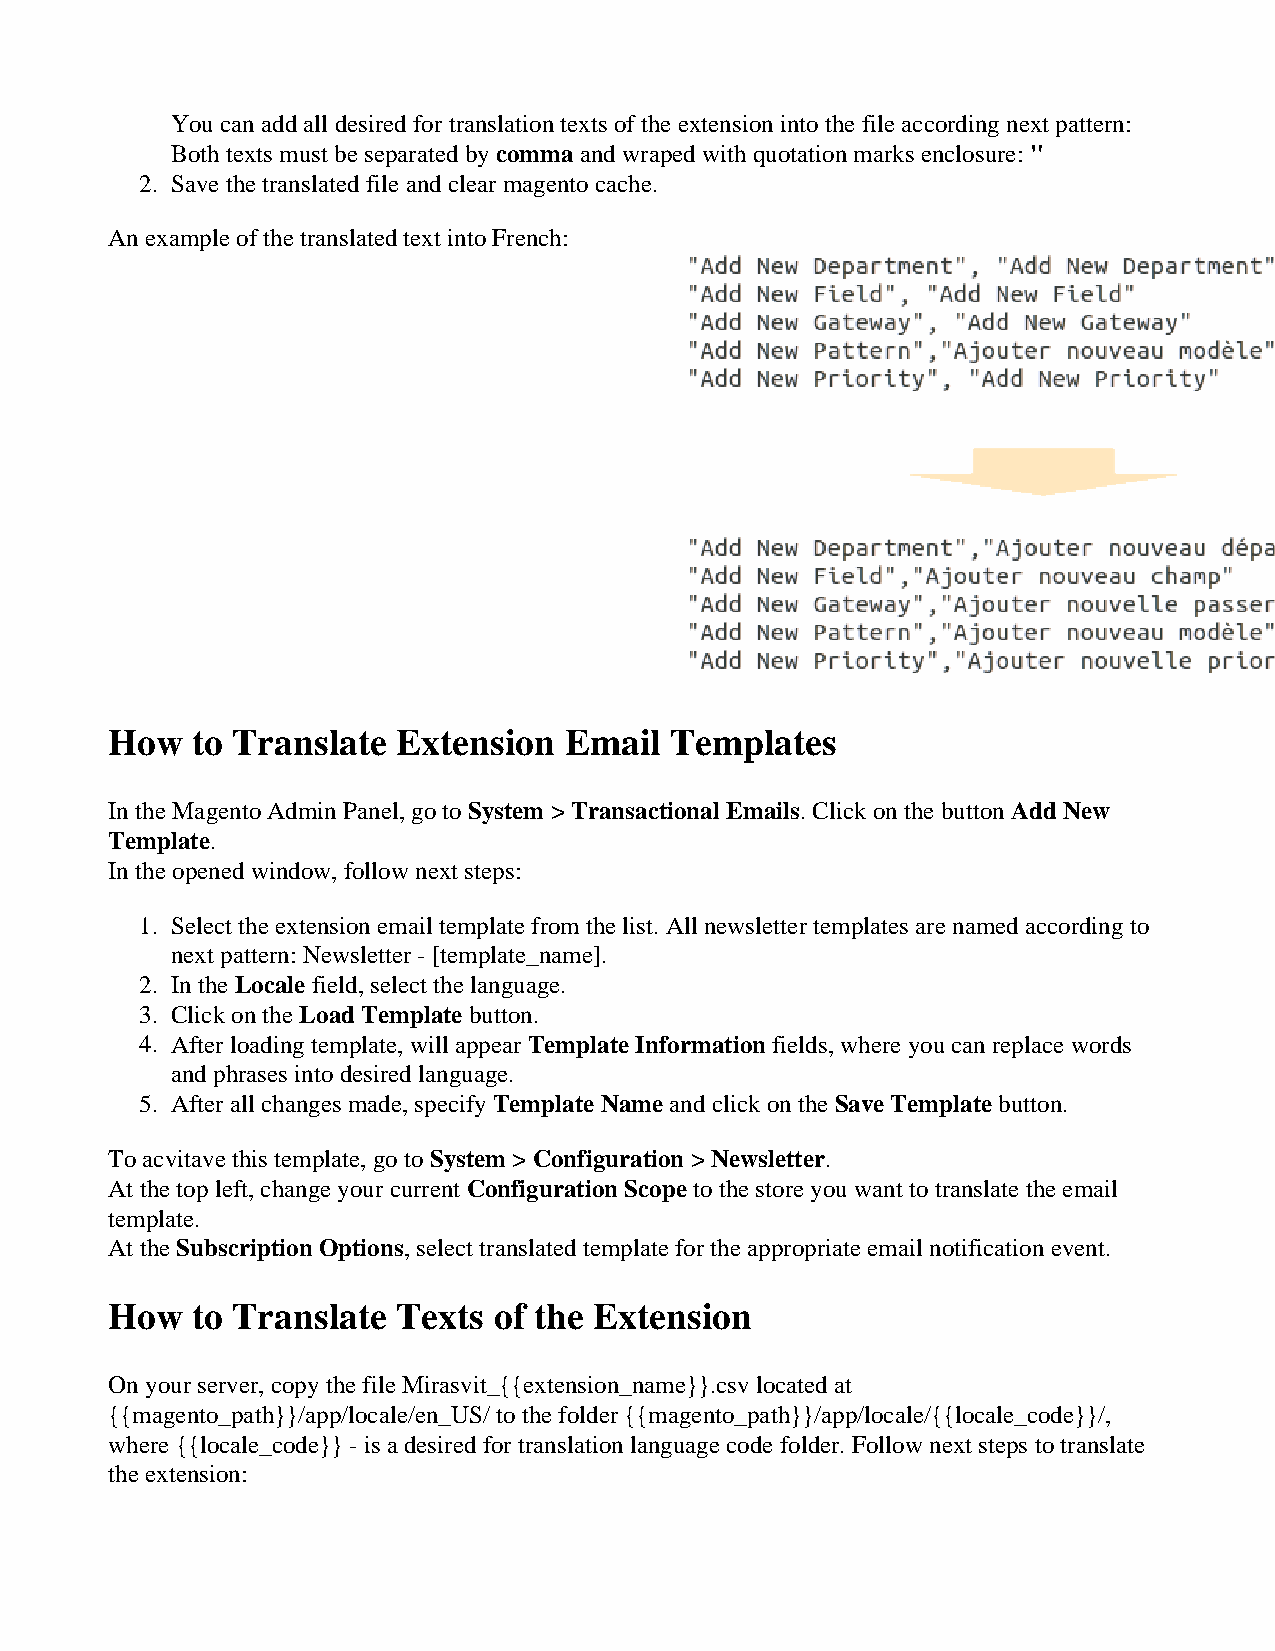
You can add all desired for translation texts of the extension into the file according next pattern:
 Both texts must be separated by comma and wraped with quotation marks enclosure: "
 2. Save the translated file and clear magento cache.
 An example of the translated text into French:
 How   to Translate Extension  Email  Templates
 In the Magento Admin Panel, go to System > Transactional Emails. Click on the button Add New
 Template.
 In the opened window, follow next steps:
 1. Select the extension email template from the list. All newsletter templates are named according to
 next pattern: Newsletter - [template_name].
 2. In the Locale field, select the language.
 3. Click on the Load Template button.
 4. After loading template, will appear Template Information fields, where you can replace words
 and phrases into desired language.
 5. After all changes made, specify Template Name and click on the Save Template button.
 To acvitave this template, go to System > Configuration > Newsletter.
 At the top left, change your current Configuration Scope to the store you want to translate the email
 template.
 At the Subscription Options, select translated template for the appropriate email notification event.
 How   to Translate Texts  of the Extension
 On your server, copy the file Mirasvit_{{extension_name}}.csv located at
 {{magento_path}}/app/locale/en_US/ to the folder {{magento_path}}/app/locale/{{locale_code}}/,
 where {{locale_code}} - is a desired for translation language code folder. Follow next steps to translate
 the extension: